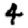
Digit: 4